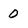
Character: 0